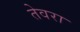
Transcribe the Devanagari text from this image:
तेवरा